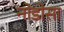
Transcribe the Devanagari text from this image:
नोडोसा